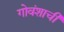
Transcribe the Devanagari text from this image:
गोवंशाची